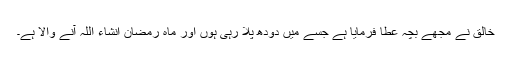
خالق نے مجھے بچہ عطا فرمایا ہے جسے میں دودھ پلا رہی ہوں اور ماہ رمضان انشاء اللہ آنے والا ہے۔